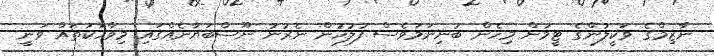
ނާޒިމްގެ ވަކީލުންގެ ޓީމުން މިހެން ބުނިނަމަވެސް ފުލުހުން ނެރުނު ނޫސްބަޔާނެއްގައި މިވާހަކަތައް ވަނީ